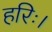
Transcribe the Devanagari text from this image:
हरिः।